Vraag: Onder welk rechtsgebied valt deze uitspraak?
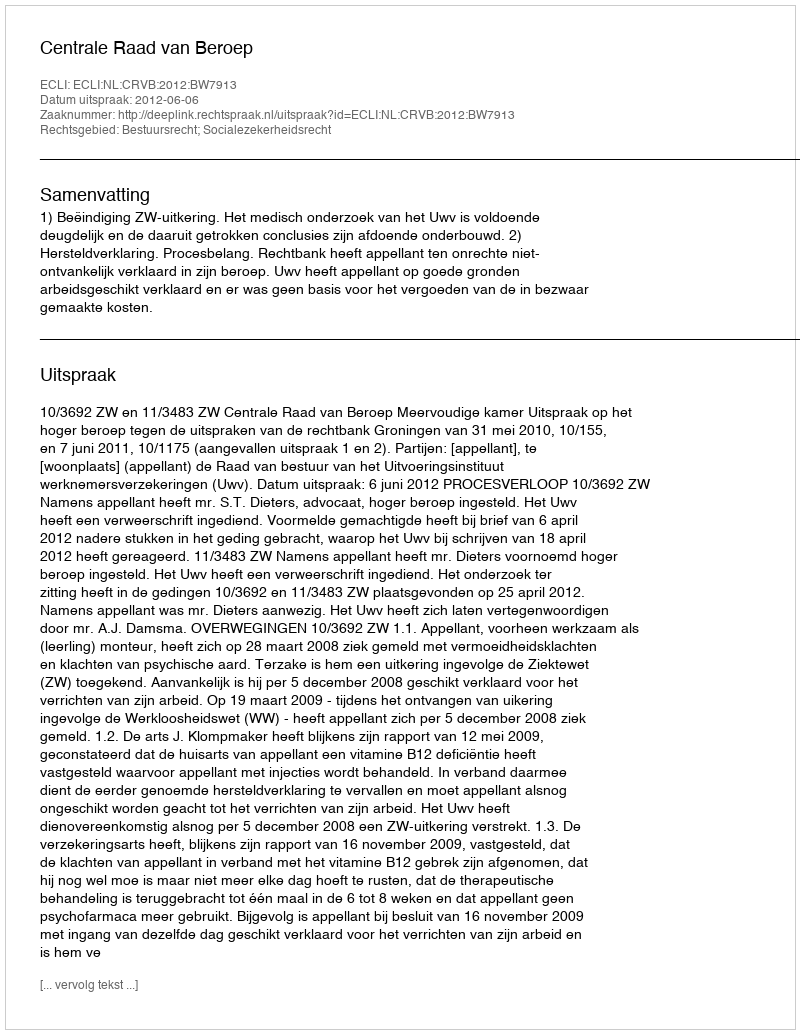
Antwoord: Bestuursrecht; Socialezekerheidsrecht